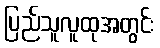
ပြည်သူလူထုအတွင်း